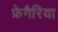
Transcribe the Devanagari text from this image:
फ्रेगैरिया